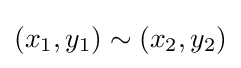
(x_{1},y_{1})\sim (x_{2},y_{2})